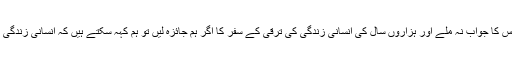
وہ اس وقت تک چین سے بیٹھتے نہیں، جب تک اس کا جواب نہ ملے اور ہزاروں سال کی انسانی زندگی کی ترقی کے سفر کا اگر ہم جائزہ لیں تو ہم کہہ سکتے ہیں کہ انسانی زندگی کی اس ترقی کے سفر کا کہیں فل اسٹاپ نہیں ہے۔